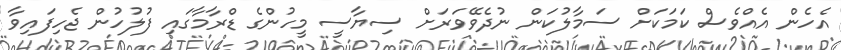
އެހެން އެއްވެސް ކަމަކަށް ސަމާލުކަން ނުދެވޭވަރަށް ސިޔާސީ މީހުންގެ ޑްރާމާގައި ފުލުހުން ޖެހިފައިވާ